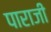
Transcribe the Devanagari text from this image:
पाराजी